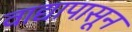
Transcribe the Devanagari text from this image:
वाद्यापासून